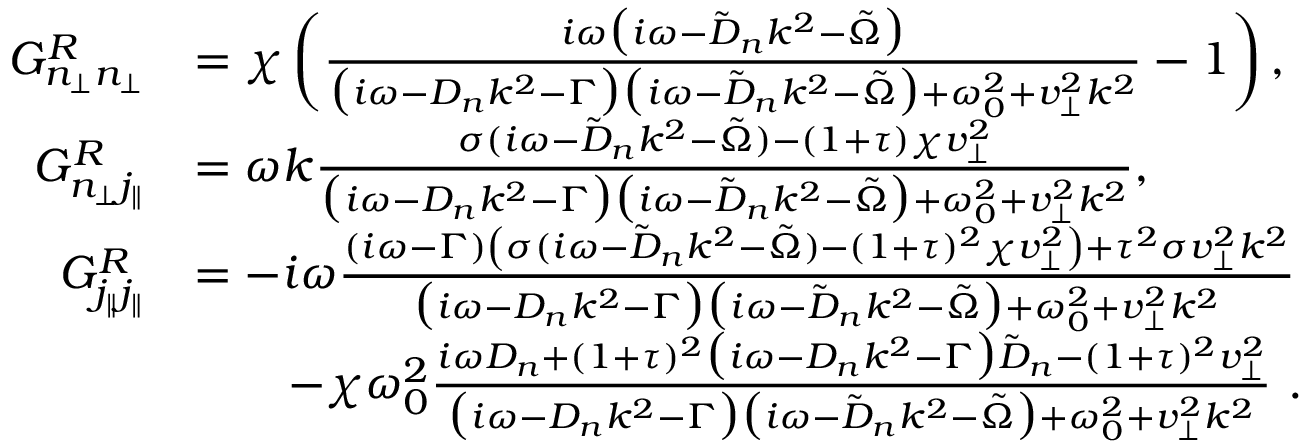
\begin{array} { r l } { G _ { n _ { \perp } n _ { \perp } } ^ { R } } & { = \chi \left( \frac { i \omega \big ( i \omega - \tilde { D } _ { n } k ^ { 2 } - \tilde { \Omega } \big ) } { \big ( i \omega - D _ { n } k ^ { 2 } - \Gamma \big ) \big ( i \omega - \tilde { D } _ { n } k ^ { 2 } - \tilde { \Omega } \big ) + \omega _ { 0 } ^ { 2 } + v _ { \perp } ^ { 2 } k ^ { 2 } } - 1 \right) , } \\ { G _ { n _ { \perp } j _ { \| } } ^ { R } } & { = \omega k \frac { \sigma ( i \omega - \tilde { D } _ { n } k ^ { 2 } - \tilde { \Omega } ) - ( 1 + \tau ) \chi v _ { \perp } ^ { 2 } } { { \big ( i \omega - D _ { n } k ^ { 2 } - \Gamma \big ) \big ( i \omega - \tilde { D } _ { n } k ^ { 2 } - \tilde { \Omega } \big ) + \omega _ { 0 } ^ { 2 } + v _ { \perp } ^ { 2 } k ^ { 2 } } } , } \\ { G _ { j _ { \| } j _ { \| } } ^ { R } } & { = - i \omega \frac { ( i \omega - \Gamma ) \left( \sigma ( i \omega - \tilde { D } _ { n } k ^ { 2 } - \tilde { \Omega } ) - ( 1 + \tau ) ^ { 2 } \chi v _ { \perp } ^ { 2 } \right) + \tau ^ { 2 } \sigma v _ { \perp } ^ { 2 } k ^ { 2 } } { \big ( i \omega - D _ { n } k ^ { 2 } - \Gamma \big ) \big ( i \omega - \tilde { D } _ { n } k ^ { 2 } - \tilde { \Omega } \big ) + \omega _ { 0 } ^ { 2 } + v _ { \perp } ^ { 2 } k ^ { 2 } } } \\ & { \qquad - \chi \omega _ { 0 } ^ { 2 } \frac { i \omega D _ { n } + ( 1 + \tau ) ^ { 2 } \big ( i \omega - D _ { n } k ^ { 2 } - \Gamma \big ) \tilde { D } _ { n } - ( 1 + \tau ) ^ { 2 } v _ { \perp } ^ { 2 } } { \big ( i \omega - D _ { n } k ^ { 2 } - \Gamma \big ) \big ( i \omega - \tilde { D } _ { n } k ^ { 2 } - \tilde { \Omega } \big ) + \omega _ { 0 } ^ { 2 } + v _ { \perp } ^ { 2 } k ^ { 2 } } ~ . } \end{array}